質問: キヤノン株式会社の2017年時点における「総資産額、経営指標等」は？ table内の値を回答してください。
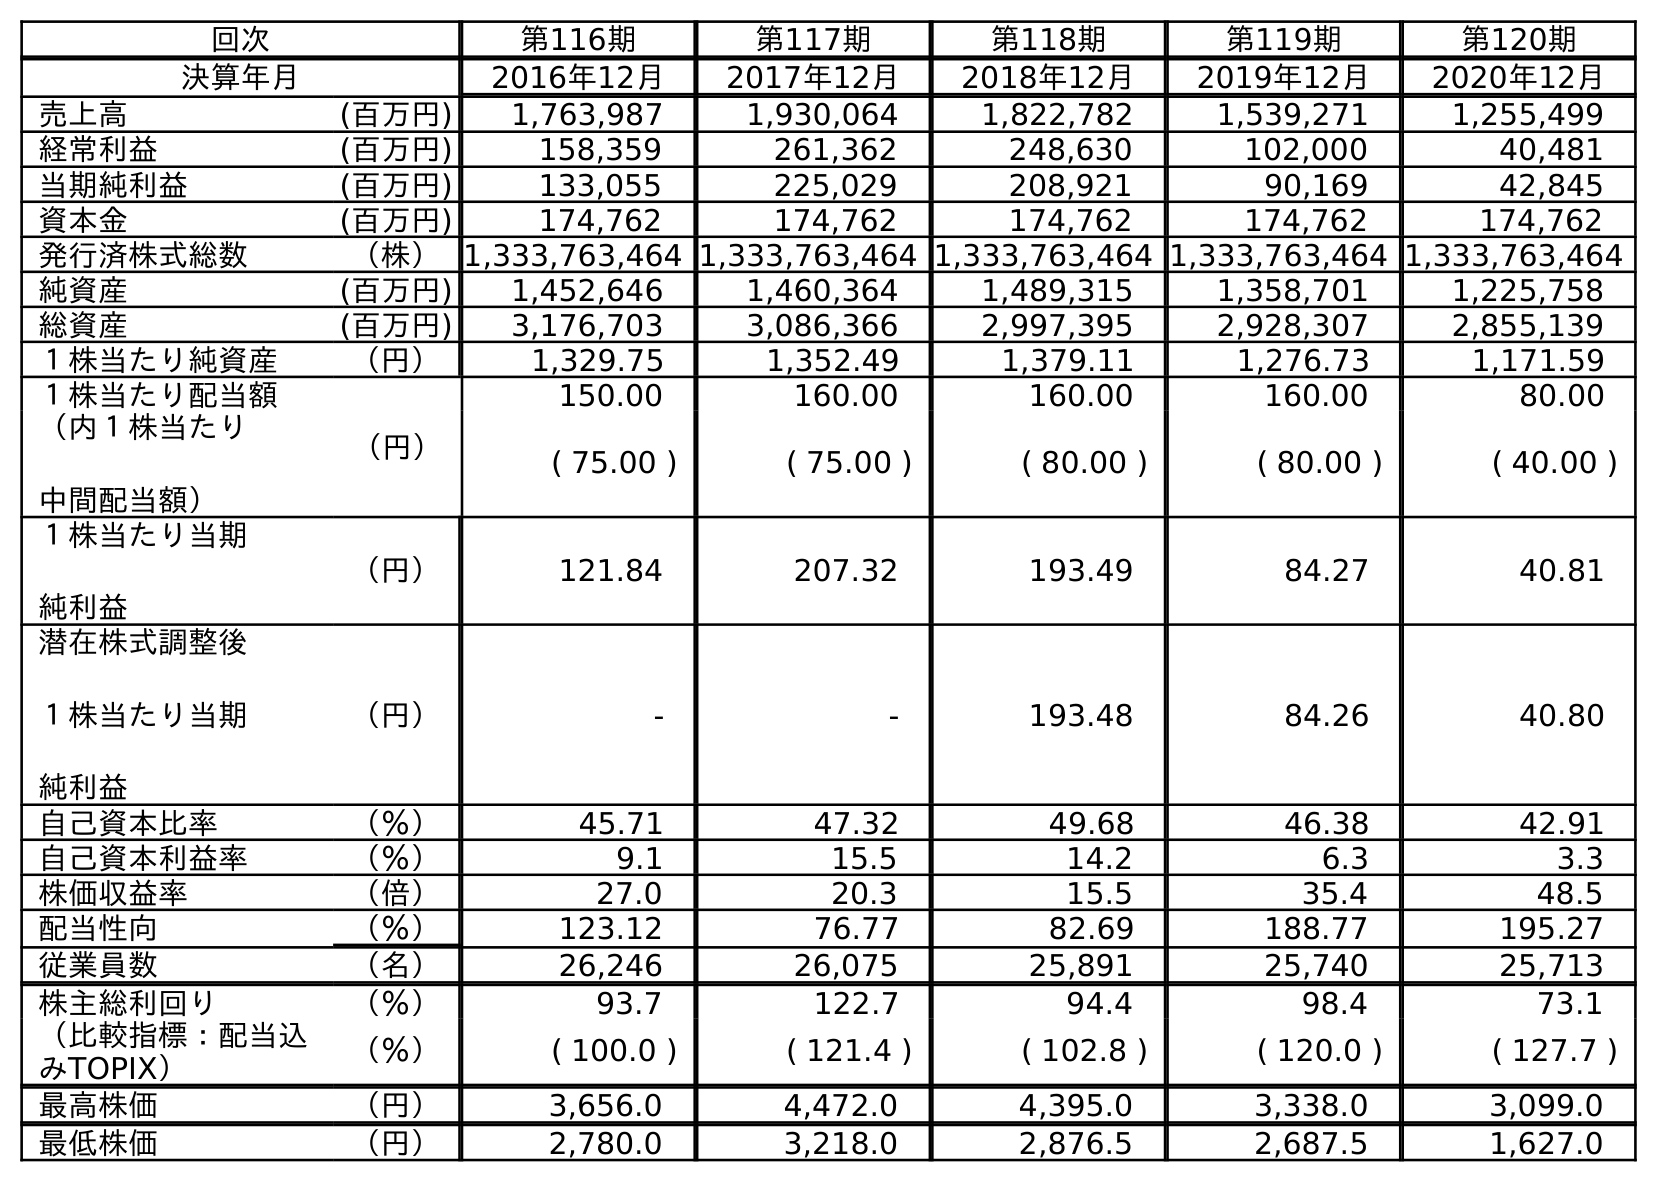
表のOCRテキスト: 回次 第116期 第117期 第118期 第119期 第120期 決算年月 2016年12月 2017年12月 2018年12月 2019年12月 2020年12月 売上高 (百万円) 1,763,987 1,930,064 1,822,782 1,539,271 1,255,499 経常利益 (百万円) 158,359 261,362 248,630 102,000 40,481 当期純利益 (百万円) 133,055 225,029 208,921 90,169 42,845 資本金 (百万円) 174,762 174,762 174,762 174,762 174,762 発行済株式総数 （株）1,333,763,464 1,333,763,464 1,333,763,464 1,333,763,464 1,333,763,464 純資産 (百万円) 1,452,646 1,460,364 1,489,315 1,358,701 1,225,758 総資産 (百万円) 3,176,703 3,086,366 2,997,395 2,928,307 2,855,139 １株当たり純資産 （円） 1,329.75 1,352.49 1,379.11 1,276.73 1,171.59 １株当たり配当額 （円） 150.00 160.00 160.00 160.00 80.00 （内１株当たり 中間配当額） ( 75.00 ) ( 75.00 ) ( 80.00 ) ( 80.00 ) ( 40.00 ) １株当たり当期 純利益 （円） 121.84 207.32 193.49 84.27 40.81 潜在株式調整後 １株当たり当期 純利益 （円） - - 193.48 84.26 40.80 自己資本比率 （％） 45.71 47.32 49.68 46.38 42.91 自己資本利益率 （％） 9.1 15.5 14.2 6.3 3.3 株価収益率 （倍） 27.0 20.3 15.5 35.4 48.5 配当性向 （％） 123.12 76.77 82.69 188.77 195.27 従業員数 （名） 26,246 26,075 25,891 25,740 25,713 株主総利回り （％） 93.7 122.7 94.4 98.4 73.1 （比較指標：配当込 みTOPIX） （％） ( 100.0 ) ( 121.4 ) ( 102.8 ) ( 120.0 ) ( 127.7 ) 最高株価 （円） 3,656.0 4,472.0 4,395.0 3,338.0 3,099.0 最低株価 （円） 2,780.0 3,218.0 2,876.5 2,687.5 1,627.0
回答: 3,086,366